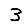
Digit: 3